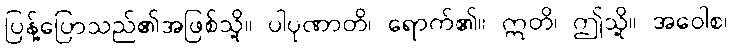
ပြန့်ပြောသည်၏အဖြစ်သို့။ ပါပုဏာတိ၊ ရောက်၏။ ဣတိ၊ ဤသို့။ အဝေါစ၊